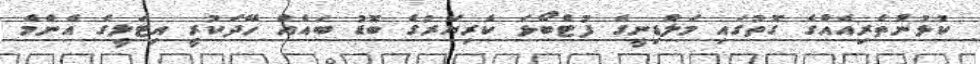
ކުޅުންތެރިއެއްގެ ގޮތުގައި މަލްޑިނީގެ ފުޓްބޯޅަ ކެރިޔަރުގެ ބޮޑު ބައެއް ހޭދަކުރީ އިޓަލީގެ އެންމެ